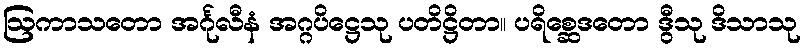
ဩကာသတော အင်္ဂုလီနံ အဂ္ဂပိဋ္ဌေသု ပတိဋ္ဌိတာ။ ပရိစ္ဆေဒတော ဒွီသု ဒိသာသု